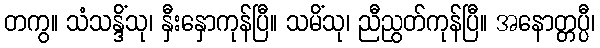
တကွ။ သံသန္ဒိံသု၊ နှီးနှောကုန်ပြီ။ သမိံသု၊ ညီညွတ်ကုန်ပြီ။ အနောတ္တပ္ပီ၊